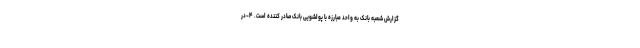
گزارش شعبه بانک به واحد مبارزه با پولشویی بانک صادر کننده است. ۴-در